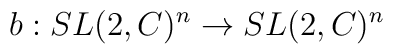
b : SL(2,C)^{n}  \rightarrow  SL(2,C)^{n}